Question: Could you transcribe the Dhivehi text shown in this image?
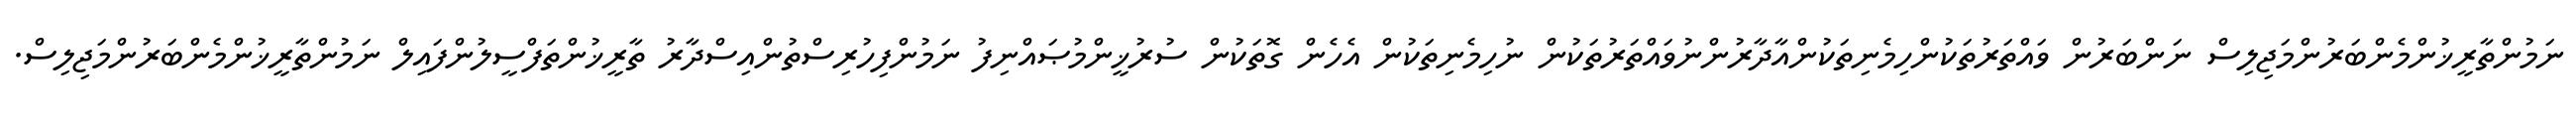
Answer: ނަމުންތާރީޚުންމެންބަރުންމަޖިލިސް ނަންބަރުން ވައްތަރުތަކުންހިމެނިތަކުންއާދާރުންނުވައްތަރުތަކުން ނުހިމެނިތަކުން އެހެން ގޮތަކުން ސުރުޚީންމުޞައްނިފު ނަމުންފިހުރިސްތުންއިސްދާރު ތާރީޚުންތަފްސީލުންފައިލް ނަމުންތާރީޚުންމެންބަރުންމަޖިލިސް.